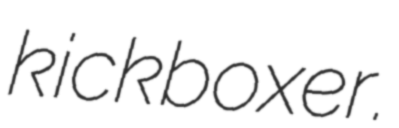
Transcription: kickboxer.